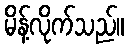
မိန့်လိုက်သည်။